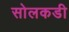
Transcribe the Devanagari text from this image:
सोलकडी